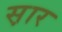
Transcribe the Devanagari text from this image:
स़ार